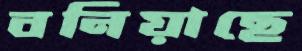
বনিয়াছে